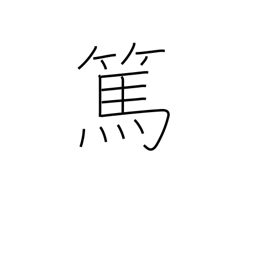
Meaning: kind